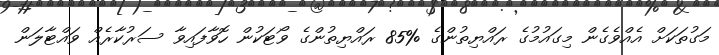
މަގުތަކަށް އެއްވެގެން މިގައުމުގެ ރައްޔިތުންގެ %85 ރައްޔިތުންގެ ވޯޓަކުން ހޮވާފައިވާ ސަރުކާރެއް ވައްޓާލަން